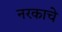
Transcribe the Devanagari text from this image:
नरकाचे